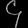
Digit: ၄